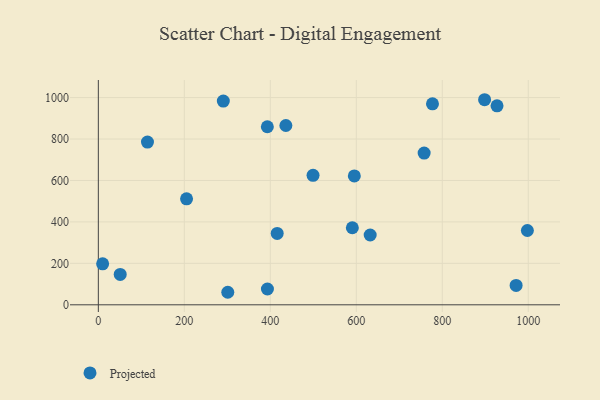
{"axis": {"x": "Experience", "y": "Rating"}, "legend": ["Projected"], "data": [{"x": "114.3", "y": 785.5, "type": "Projected"}, {"x": "50.9", "y": 146.7, "type": "Projected"}, {"x": "393.3", "y": 76.2, "type": "Projected"}, {"x": "632.3", "y": 337.0, "type": "Projected"}, {"x": "971.7", "y": 93.5, "type": "Projected"}, {"x": "590.8", "y": 371.9, "type": "Projected"}, {"x": "927.3", "y": 960.5, "type": "Projected"}, {"x": "205.2", "y": 511.4, "type": "Projected"}, {"x": "10.0", "y": 197.9, "type": "Projected"}, {"x": "393.1", "y": 859.3, "type": "Projected"}, {"x": "436.2", "y": 865.3, "type": "Projected"}, {"x": "595.4", "y": 621.8, "type": "Projected"}, {"x": "757.8", "y": 732.2, "type": "Projected"}, {"x": "499.4", "y": 624.9, "type": "Projected"}, {"x": "290.7", "y": 983.0, "type": "Projected"}, {"x": "416.0", "y": 344.6, "type": "Projected"}, {"x": "777.2", "y": 969.7, "type": "Projected"}, {"x": "997.9", "y": 358.7, "type": "Projected"}, {"x": "301.1", "y": 60.5, "type": "Projected"}, {"x": "898.4", "y": 989.7, "type": "Projected"}]}